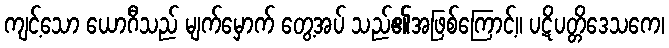
ကျင့်သော ယောဂီသည် မျက်မှောက် တွေ့အပ် သည်၏အဖြစ်ကြောင့်။ ပဋိပတ္တိဒေသကေ၊